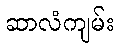
ဆာလံကျမ်း